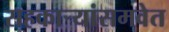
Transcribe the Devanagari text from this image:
सहकार्‍यांसमवेत